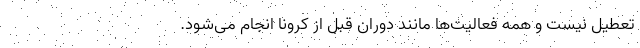
تعطیل نیست و همه فعالیت‌ها مانند دوران قبل از کرونا انجام می‌شود.